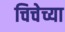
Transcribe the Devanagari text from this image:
चिचेच्या